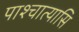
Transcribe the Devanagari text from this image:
पाश्चात्यासि